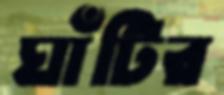
ঘাঁটির